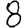
Digit: 8